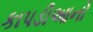
કાપડીઆનો